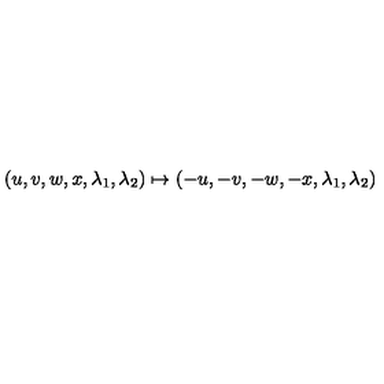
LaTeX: ( u , v , w , x , \lambda _ { 1 } , \lambda _ { 2 } ) \mapsto ( - u , - v , - w , - x , \lambda _ { 1 } , \lambda _ { 2 } )